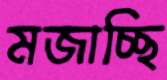
মজাচ্ছি